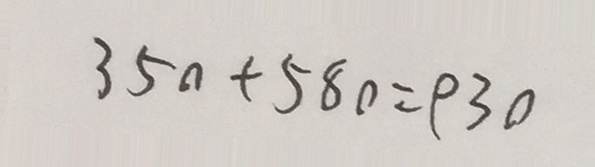
3 5 0 + 5 8 0 = 9 3 0